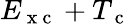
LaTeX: E_{\mathrm{~x~c~}}+T_{\mathrm{~c~}}